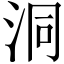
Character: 洞